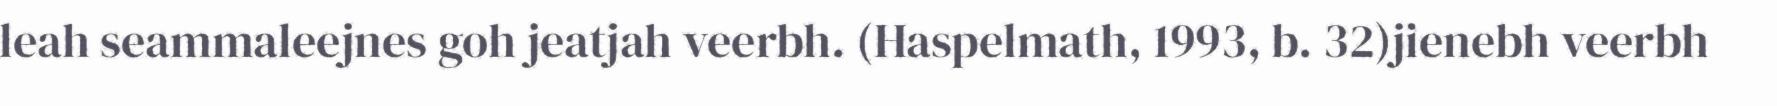
leah seammaleejnes goh jeatjah veerbh. (Haspelmath, 1993, b. 32)jienebh veerbh